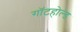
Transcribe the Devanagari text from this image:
गॉटहोल्ड